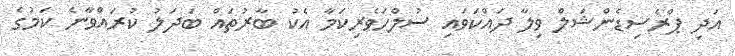
އަދި ޕްރެސިޑެންޝަލް ވިލާ ދައްކަވައި ސުލްހަވެރިކަމާ އެކު ބާރުތައް ބަދަލު ކުރައްވާނެ ކަމުގެ